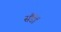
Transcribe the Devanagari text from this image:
सैंडों